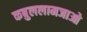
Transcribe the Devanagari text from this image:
कबुललामजाओ